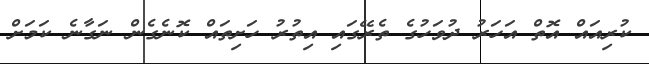
ކުރިއައް އޮތް އަހަރު ދުވަހުގެ ތެރޭގައި އިތުރު ހަށިތައް ކޮނެގެން ނަގާނެ ކަމަށް